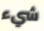
شيء